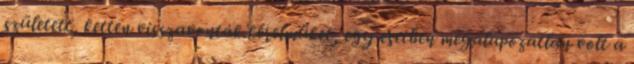
született, ketten visszavonták kérelmüket, egy esetben megalapozatlan volt a